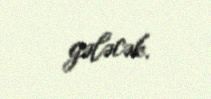
gələcək.